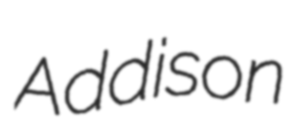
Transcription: Addison